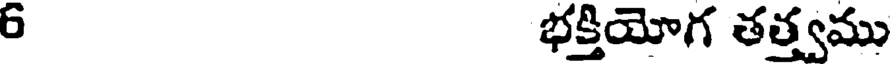
6 భక్తియోగ తత్త్వము